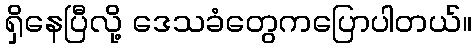
ရှိနေပြီလို့ ဒေသခံတွေကပြောပါတယ်။